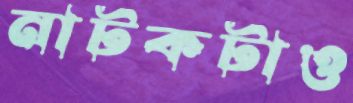
নাটকটাও